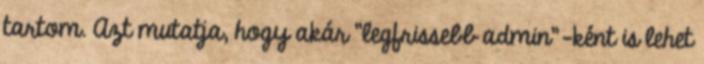
tartom. Azt mutatja, hogy akár "legfrissebb admin"-ként is lehet